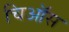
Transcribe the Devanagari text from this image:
चिऑस